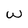
Character: w